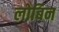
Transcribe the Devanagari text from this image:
लोबिन